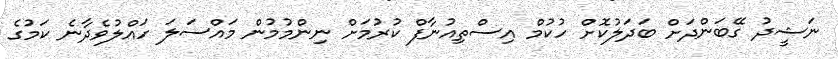
ނަޝީދު ގޭބަންދަށް ބަދަލުކޮށް ހުކުމް އިސްތިއުނާފް ކުރުމަށް ނިންމުމުން މައްސަލަ ހައްލުވެދާނެ ކަމުގެ